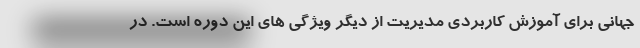
جهانی برای آموزش کاربردی مدیریت از دیگر ویژگی های این دوره است. در